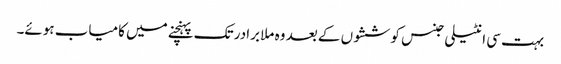
بہت سی انٹیلی جنس کوششوں کے بعد وہ ملا برادر تک پہنچنے میں کامیاب ہوئے۔